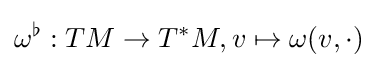
\omega ^{\flat }:TM\to T^{*}M,v\mapsto \omega (v,\cdot )